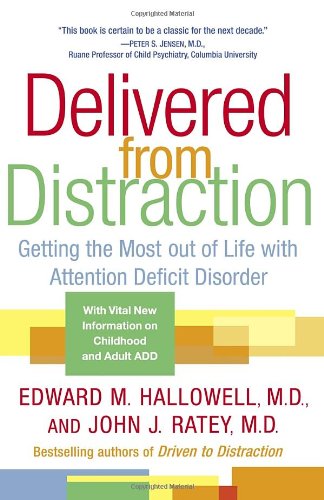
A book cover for Delivered from Distraction: Getting the Most out of Life with Attention Deficit Disorder; Edward M. Hallowell; Health, Fitness & Dieting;